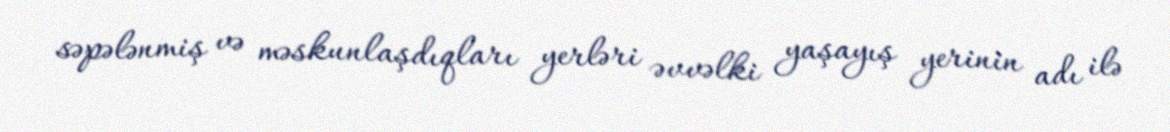
səpələnmiş və məskunlaşdıqları yerləri əvvəlki yaşayış yerinin adı ilə